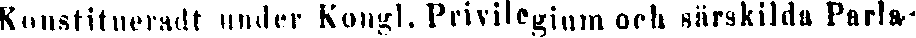
Konstitueradt under Kongl. Privilegium och särskilda Parla-